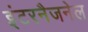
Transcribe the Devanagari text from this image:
इंटरनैजनेल